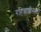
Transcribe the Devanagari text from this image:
रहिवाशींसाठी